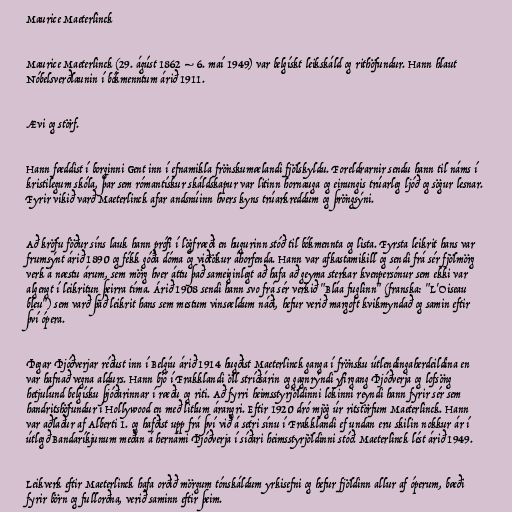
Maurice Maeterlinck

Maurice Maeterlinck (29. ágúst 1862 – 6. maí 1949) var belgískt leikskáld og rithöfundur. Hann hlaut
Nóbelsverðlaunin í bókmenntum árið 1911.

Ævi og störf.

Hann fæddist í borginni Gent inn í efnamikla frönskumælandi fjölskyldu. Foreldrarnir sendu hann til náms í
kristilegum skóla, þar sem rómantískur skáldskapur var litinn hornauga og einungis trúarleg ljóð og sögur lesnar.
Fyrir vikið varð Maeterlinck afar andsnúinn hvers kyns trúarkreddum og þröngsýni.

Að kröfu föður síns lauk hann prófi í lögfræði en hugurinn stóð til bókmennta og lista. Fyrsta leikrit hans var
frumsýnt árið 1890 og fékk góða dóma og viðtökur áhorfenda. Hann var afkastamikill og sendi frá sér fjölmörg
verk á næstu árum, sem mörg hver áttu það sameiginlegt að hafa að geyma sterkar kvenpersónur sem ekki var
algengt í leikritun þeirra tíma. Árið 1908 sendi hann svo frá sér verkið "Bláa fuglinn" (franska: "L'Oiseau
bleu") sem varð það leikrit hans sem mestum vinsældum náði, hefur verið margoft kvikmyndað og samin eftir
því ópera.

Þegar Þjóðverjar réðust inn í Belgíu árið 1914 hugðist Maeterlinck ganga í frönsku útlendingaherdeildina en
var hafnað vegna aldurs. Hann bjó í Frakklandi öll stríðsárin og gagnrýndi yfirgang Þjóðverja og lofsöng
hetjulund belgísku þjóðarinnar í ræðu og riti. Að fyrri heimsstyrjöldinni lokinni reyndi hann fyrir sér sem
handritshöfundur í Hollywood en með litlum árangri. Eftir 1920 dró mjög úr ritstörfum Maeterlinck. Hann
var aðlaður af Alberti 1. og hafðist upp frá því við á setri sínu í Frakklandi ef undan eru skilin nokkur ár í
útlegð Bandaríkjunum meðan á hernámi Þjóðverja í síðari heimsstyrjöldinni stóð. Maeterlinck lést árið 1949.

Leikverk eftir Maeterlinck hafa orðið mörgum tónskáldum yrkisefni og hefur fjöldinn allur af óperum, bæði
fyrir börn og fullorðna, verið saminn eftir þeim.